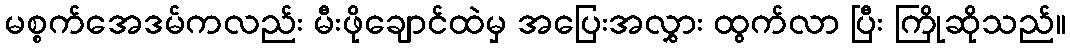
မစ္စက်အေဒမ်ကလည်း မီးဖိုချောင်ထဲမှ အပြေးအလွှား ထွက်လာ ပြီး ကြိုဆိုသည်။